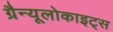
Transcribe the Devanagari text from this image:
ग्रैन्यूलोकाइट्स